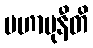
မဟာမုနီတိ